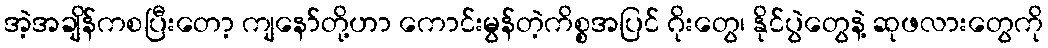
အဲ့အချိန်ကစပြီးတော့ ကျနော်တို့ဟာ ကောင်းမွန်တဲ့ကိစ္စအပြင် ဂိုးတွေ၊ နိုင်ပွဲတွေနဲ့ ဆုဖလားတွေကို